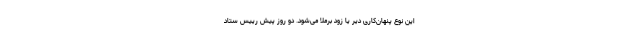
این نوع پنهان‌کاری دیر یا زود برملا می‌شود. دو روز پیش رییس ستاد